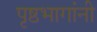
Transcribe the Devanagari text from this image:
पृष्ठभागांनी